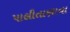
પાલીતાણાના